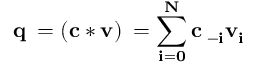
\bf q _ { \tau } = ( c * v ) _ { \tau } = \sum _ { i = 0 } ^ { N } c _ { { \tau - i } } v _ { i }